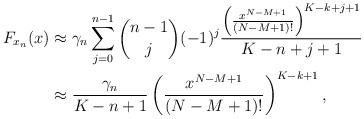
LaTeX: \begin{align*}F_{{x}_n}(x) &\approx \gamma_n \sum^{n-1}_{j=0}{n-1 \choose j} (-1)^j \frac{ \left(\frac{x^{N-M+1}}{(N-M+1)!}\right)^{K-k+j+1} }{K-n+j+1}\\ &\approx \frac{ \gamma_n}{K-n+1}\left(\frac{x^{N-M+1}}{(N-M+1)!}\right)^{K-k+1} ,\end{align*}